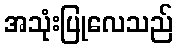
အသုံးပြုလေသည်